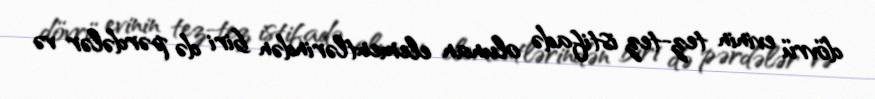
dövrü evinin tez-tez istifadə olunan elementlərindən biri də pərdələr və